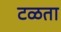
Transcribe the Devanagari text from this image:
टळता